Annual report on the Civil Veterinary Department, Burma (including the Insein Veterinary School) - 1910-1922
Year: 1910
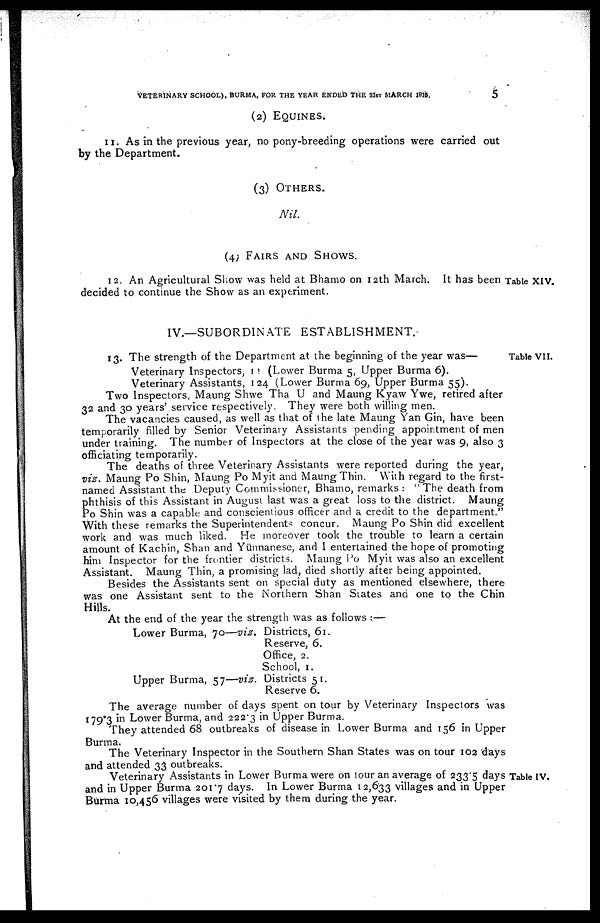
VETERINARY SCHOOL), BURMA, FOR THE YEAR ENDED THE 31ST MARCH 1915.
5
(2) EQUINES.
11. As in the previous year, no pony-breeding operations were carried out
by the Department.
(3) OTHERS.
Nil.
(4) FAIRS AND SHOWS.
12. An Agricultural Show was held at Bhamo on 12th March. It has been Table XIV.
decided to continue the Show as an experiment.
IV.—SUBORDINATE ESTABLISHMENT.
Table VII.
13. The strength of the Department at the beginning of the year was—
Veterinary Inspectors, 11 (Lower Burma 5, Upper Burma 6).
Veterinary Assistants, 124 (Lower Burma 69, Upper Burma 55).
Two Inspectors, Maung Shwe Tha U and Maung Kyaw Ywe, retired after
32 and 30 years' service respectively. They were both willing men.
The vacancies caused, as well as that of the late Maung Yan Gin, have been
temporarily filled by Senior Veterinary Assistants pending appointment of men
under training. The number of Inspectors at the close of the year was 9, also 3
officiating temporarily.
The deaths of three Veterinary Assistants were reported during the year,
vis. Maung Po Shin, Maung Po Myit and Maung Thin. With regard to the first-
named Assistant the Deputy Commissioner, Bhamo, remarks: "The death from
phthisis of this Assistant in August last was a great loss to the district. Maung
Po Shin was a capable and conscientious officer and a credit to the department."
With these remarks the Superintendents concur. Maung Po Shin did excellent
work and was much liked. He moreover took the trouble to learn a certain
amount of Kachin, Shan and Yünnanese, and I entertained the hope of promoting
him Inspector for the frontier districts. Maung Po Myit was also an excellent
Assistant. Maung Thin, a promising lad, died shortly after being appointed.
Besides the Assistants sent on special duty as mentioned elsewhere, there
was one Assistant sent to the Northern Shan States and one to the Chin
Hills.
At the end of the year the strength was as follows :—
Lower Burma, 70—viz.
Upper Burma, 57—viz.
Districts, 61.
Reserve, 6.
Office, 2.
School, 1.
Districts 51.
Reserve 6.
The average number of days spent on tour by Veterinary Inspectors was
179.3 in Lower Burma, and 222.3 in Upper Burma.
They attended 68 outbreaks of disease in Lower Burma and 156 in Upper
Burma.
The Veterinary Inspector in the Southern Shan States was on tour 102 days
and attended 33 outbreaks.
Table IV,
Veterinary Assistants in Lower Burma were on tour an average of 233.5 days
and in Upper Burma 201.7 days. In Lower Burma 12,633 villages and in Upper
Burma 10,456 villages were visited by them during the year.